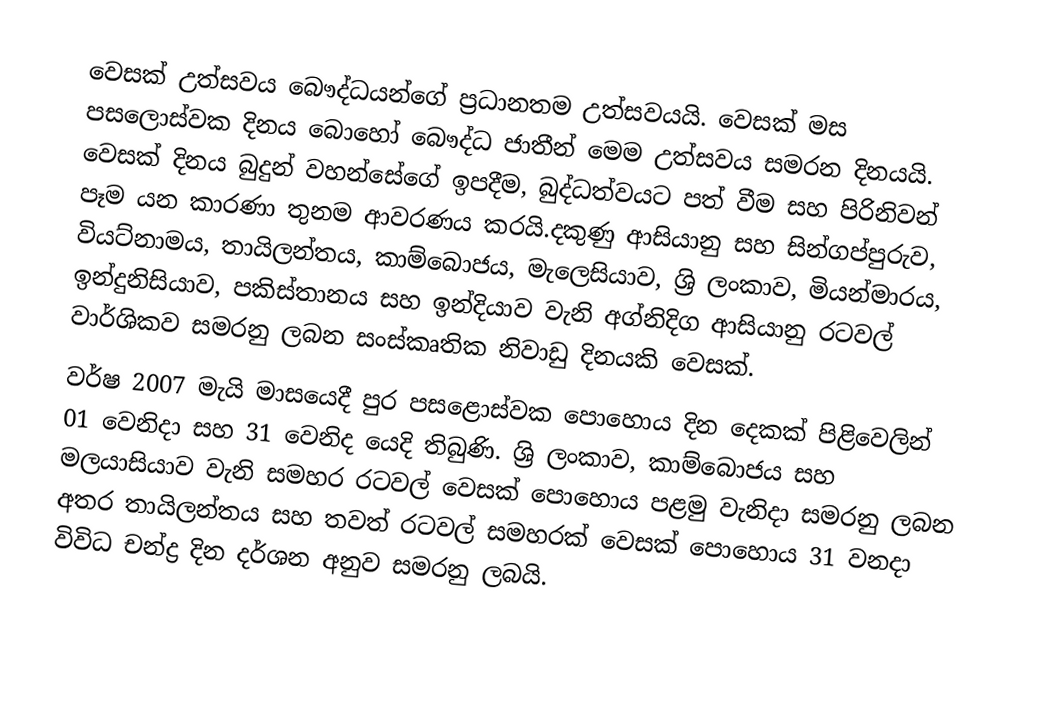
වෙසක් උත්සවය බෞද්ධයන්ගේ ප්‍රධානතම උත්සවයයි. වෙසක් මස පසලොස්වක දිනය බොහෝ බෞද්ධ ජාතීන් මෙම උත්සවය සමරන දිනයයි. වෙසක් දිනය බුදුන් වහන්සේගේ ඉපදීම, බුද්ධත්වයට පත් වීම සහ පිරිනිවන් පෑම යන කාරණා තුනම ආවරණය කරයි.දකුණු ආසියානු සහ සින්ගප්පුරුව, වියට්නාමය, තායිලන්තය, කාම්බොජය, මැලෙසියාව, ශ්‍රි ලංකාව, මියන්මාරය, ඉන්දුනිසියාව, පකිස්තානය සහ ඉන්දියාව වැනි අග්නිදිග ආසියානු රටවල් වාර්ශිකව සමරනු ලබන සංස්කෘතික නිවාඩු දිනයකි වෙසක්.
 වර්ෂ 2007 මැයි මාසයෙදී පුර පසළොස්වක පොහොය දින දෙකක් පිළිවෙලින් 01 වෙනිදා සහ 31 වෙනිද යෙදි තිබුණි. ශ්‍රි ලංකාව, කාම්බොජය සහ මලයාසියාව වැනි සමහර රටවල් වෙසක් පොහොය පළමු වැනිදා සමරනු ලබන අතර තායිලන්තය සහ තවත් රටවල් සමහරක් වෙසක් පොහොය 31 වනදා විවිධ චන්ද්‍ර දින දර්ශන අනුව සමරනු ලබයි.